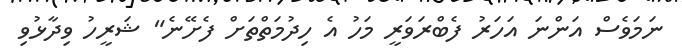
ނަމަވެސް އަންނަ އަހަރު ފެބްރަވަރީ މަހު އެ ހިދުމަތްތަށް ފެށޭނެ" ޝަރީހު ވިދާޅުވި